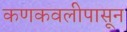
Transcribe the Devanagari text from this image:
कणकवलीपासून